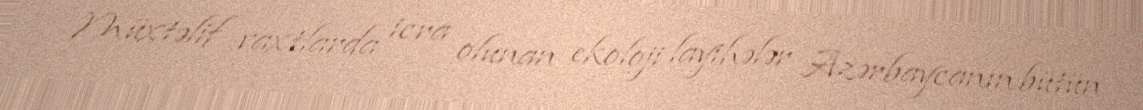
Müxtəlif vaxtlarda icra olunan ekoloji layihələr Azərbaycanın bütün